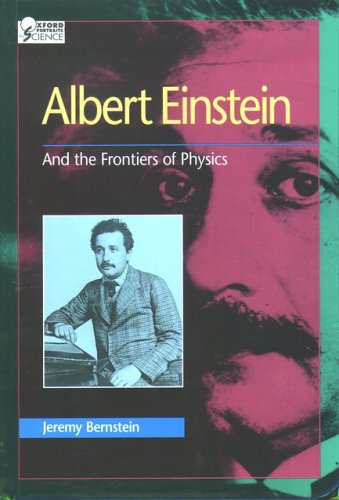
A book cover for Albert Einstein: And the Frontiers of Physics (Oxford Portraits in Science); Jeremy Bernstein; Teen & Young Adult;